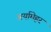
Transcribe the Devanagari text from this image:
अर्यामेहर